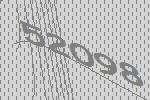
52098